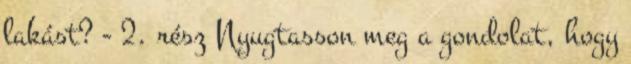
lakást? - 2. rész Nyugtasson meg a gondolat, hogy